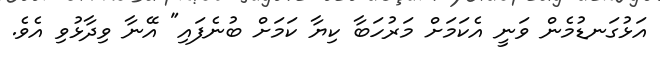
އަޅުގަނޑުމެން ވަނީ އެކަމަށް މަރުހަބާ ކިޔާ ކަމަށް ބުނެފައި" އޭނާ ވިދާޅުވި އެވެ.